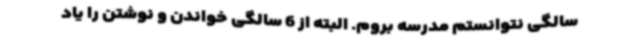
سالگی نتوانستم مدرسه بروم. البته از 6 سالگی خواندن و نوشتن را یاد